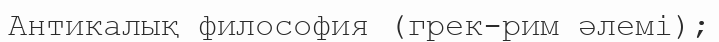
Антикалық философия (грек-рим әлемі);